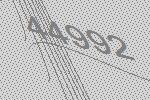
44992